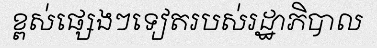
ខ្ពស់ផ្សេងៗទៀតរបស់រដ្ឋាភិបាល